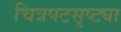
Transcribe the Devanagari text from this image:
चित्रपटसृष्ट्या